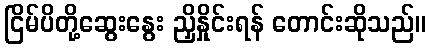
ငြိမ်ပိတို့ဆွေးနွေး ညှိနှိုင်းရန် တောင်းဆိုသည်။